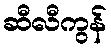
ဆီလီကွန်